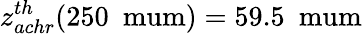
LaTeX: z_{achr}^{th}(250~\mathrm{\ mum})=59.5~\mathrm{\ mum}